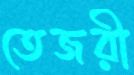
তেজরী